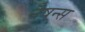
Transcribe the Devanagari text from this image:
नैषन्स